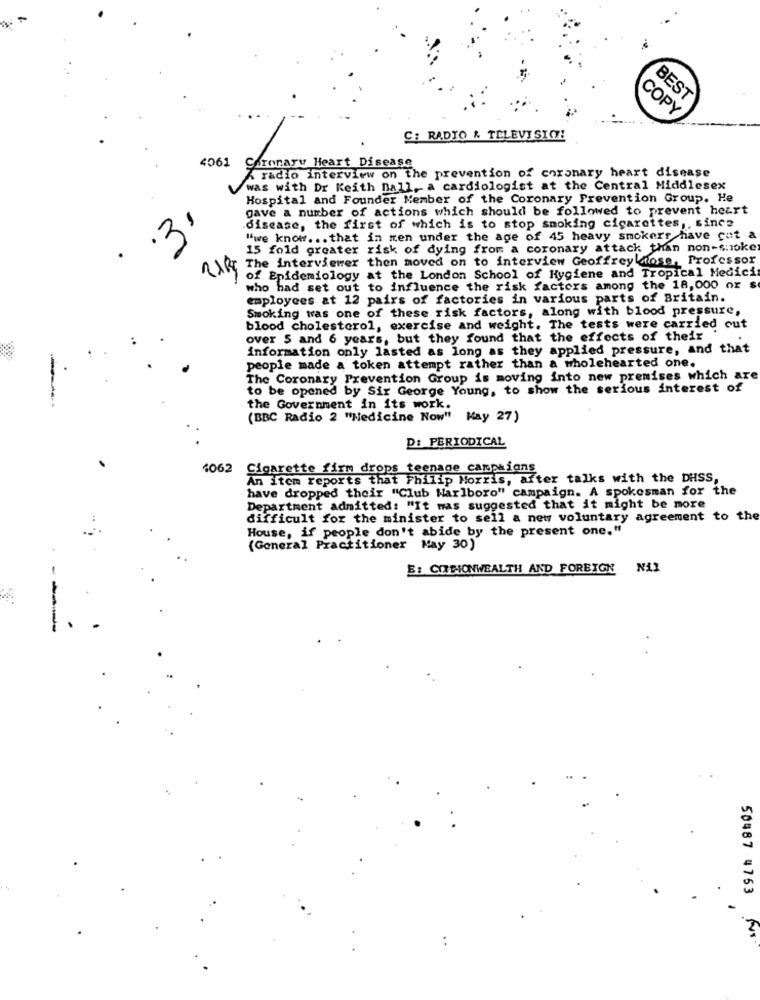
BEST
COPY
C: RADIO & TELEVISION!
4061 Coronary Heart Disease
A radio interview on the prevention of coronary heart disease
was with Dr Keith Dall,a cardiologist at the Central Middlesex
Hospital and Founder Member of the Coronary Prevention Group. He
gave a number of actions which should be followed to prevent heart
3'
disease, the first of which is to stop smoking cigarettes ,, since
"we know ... that in men under the age of 45 heavy smokers have got a
15 fold greater risk of dying from a coronary attack than non-snoker
The interviewer then moved on to interview Geoffreyktose, Professor
of Epidemiology at the London School of Hygiene and Tropical Medicis
who had set out to influence the risk factors among the 18,000 or s
employees at 12 pairs of factories in various parts of Britain.
Smoking was one of these risk factors, along with blood pressure,
blood cholesterol, exercise and weight. The tests were carried out
over 5 and 6 years, but they found that the effects of their
information only lasted as long as they applied pressure, and that
-
people made a token attempt rather than a wholehearted one.
The Coronary Prevention Group is moving into new premises which are
to be opened by Sir George Young, to show the serious interest of
the Government in its work.
(BBC Radio 2 "Medicine Now" May 27)
D: PERIODICAL
4062
Cigarette firm drops teenage campaigns
An item reports that Philip Morris, after talks with the DHSS,
have dropped their "Club Marlboro" campaign. A spokesman for the
Department admitted: "It was suggested that it might be more
difficult for the minister to sell a new voluntary agreement to the
House, if people don't abide by the present one."
(General Practitioner Nay 30)
S: CISIONWEALTH AND FOREIGN
Nil
50487 4763